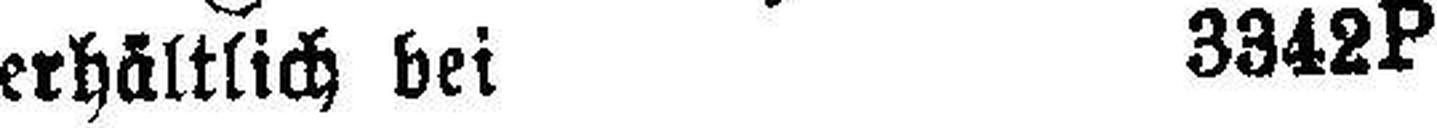
erhältlich bei 3342P